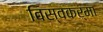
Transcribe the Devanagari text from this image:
विस्वकर्मा